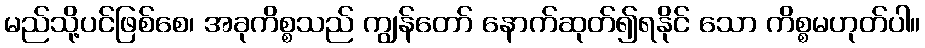
မည်သို့ပင်ဖြစ်စေ၊ အခုကိစ္စသည် ကျွန်တော် နောက်ဆုတ်၍ရနိုင် သော ကိစ္စမဟုတ်ပါ။